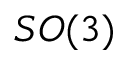
S O ( 3 )